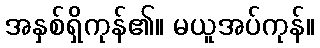
အနှစ်ရှိကုန်၏။ မယူအပ်ကုန်။